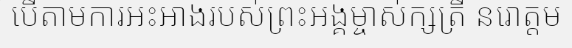
បើតាមការអះអាងរបស់ព្រះអង្គម្ចាស់ក្សត្រី នរោត្តម